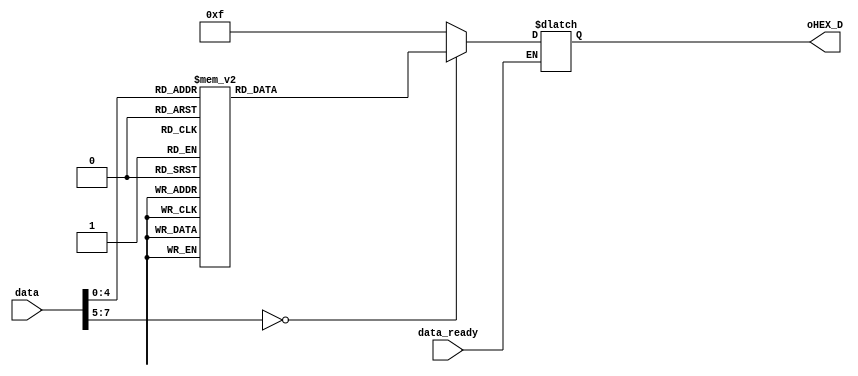
module SEG_HEX1
	(	 
		data,data_ready,							
		oHEX_D		
	);
input [7:0] data;	
input data_ready;			
output	  [3:0]	  oHEX_D;   
reg	  [3:0]	  oHEX_D;	

always @(data_ready) 

	begin	
		if (data_ready)
		begin
					case (data) 
					8'h12: oHEX_D <= 4'd0;
					8'h0: oHEX_D <= 4'd10;
					8'h1: oHEX_D <= 4'd1;
					8'h2: oHEX_D <= 4'd2;
					8'h3: oHEX_D <= 4'd3;
					8'h4: oHEX_D <= 4'd4;
					8'h5: oHEX_D <= 4'd5;
					8'h6: oHEX_D <= 4'd6;
					8'h7: oHEX_D <= 4'd7;
					8'h8: oHEX_D <= 4'd8;
					8'h9: oHEX_D <= 4'd9;
					8'h16: oHEX_D <= 4'd11;
					default: oHEX_D <= 4'd15;
					endcase	
		end
	end
endmodule